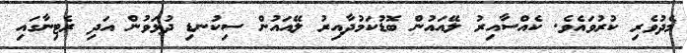
މެދުވެރި ކުރުވައެވެ. ކެއްސާއިރު ލޭއައުން ބޮޑުކަމުދާއިރު ލޭއައުން ސިކުނޑި ދުޅަވުން އަދި ރެޓިނާގައި